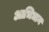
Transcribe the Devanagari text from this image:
आभिधान